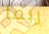
ربما